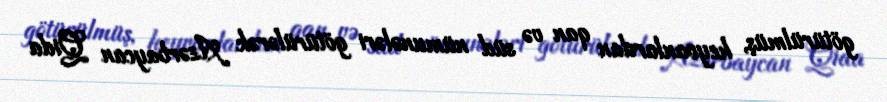
götürülmüş, heyvanlardan qan və süd nümunələri götürülərək Azərbaycan Qida